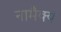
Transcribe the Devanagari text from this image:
नामैक्य